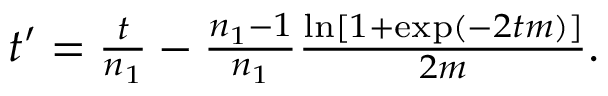
\begin{array} { r } { t ^ { \prime } = \frac { t } { n _ { 1 } } - \frac { n _ { 1 } - 1 } { n _ { 1 } } \frac { \ln [ 1 + \exp ( - 2 t m ) ] } { 2 m } . } \end{array}